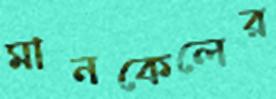
মানকেলের